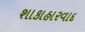
શાકાહારવાદ